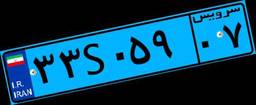
۳۳S۰۵۹۰۷